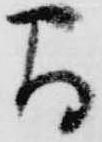
間